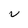
Character: V